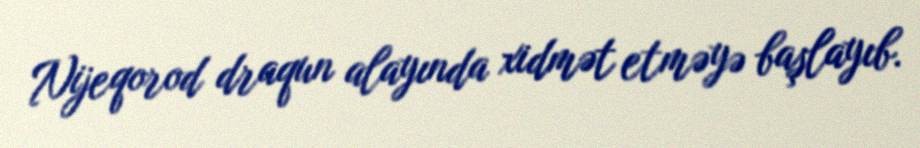
Nijeqorod draqun alayında xidmət etməyə başlayıb.